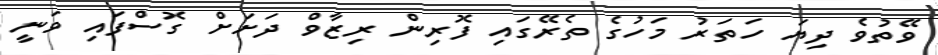
ވޭތުވެ ދިޔަ ހަތަރު މަހުގެ ތެރޭގައި ފޮރިން ރިޒާވް ދަށަށް ގޮސްފައި ވަނީ